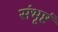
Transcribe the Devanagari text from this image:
संभृष्टं